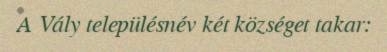
A Vály településnév két községet takar: